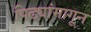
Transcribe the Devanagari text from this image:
पिढ्यांमागून